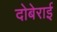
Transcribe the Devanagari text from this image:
दोबेराई